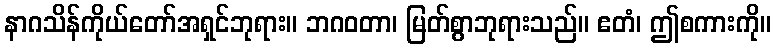
နာဂသိန်ကိုယ်တော်အရှင်ဘုရား။ ဘဂဝတာ၊ မြတ်စွာဘုရားသည်။ ဧတံ၊ ဤစကားကို။